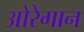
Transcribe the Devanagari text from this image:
ओरेगान